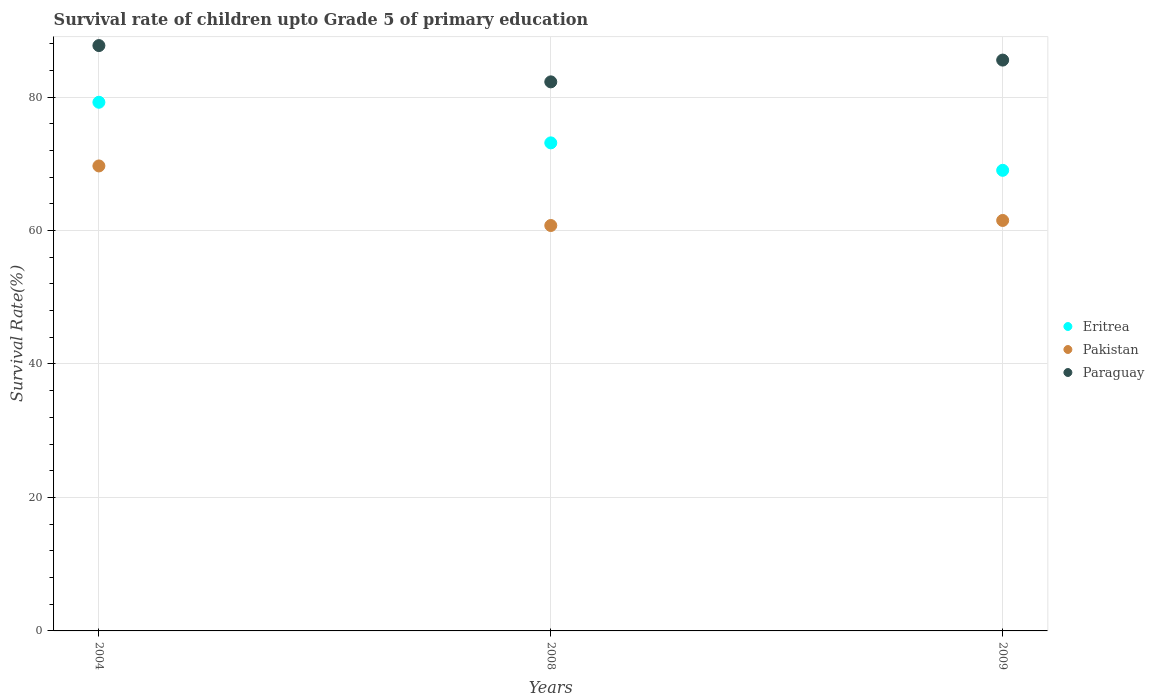
| Years | Eritrea | Pakistan | Paraguay |
 | --- | --- | --- | --- |
 | 2004 | 79.2 | 69.7 | 87.7 |
 | 2008 | 73.1 | 60.8 | 82.3 |
 | 2009 | 69 | 61.5 | 85.5 |